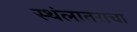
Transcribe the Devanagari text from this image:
स्थंलातराचा